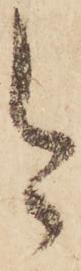
今